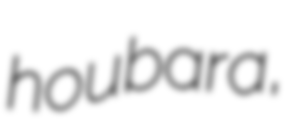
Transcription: houbara,